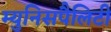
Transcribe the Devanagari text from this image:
म्युनिसपैलिटी